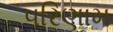
૫રિણામ